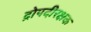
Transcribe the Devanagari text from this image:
द्रोपदीरक्षक